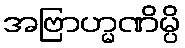
အဗြာဟ္မဏိမ္ပိ